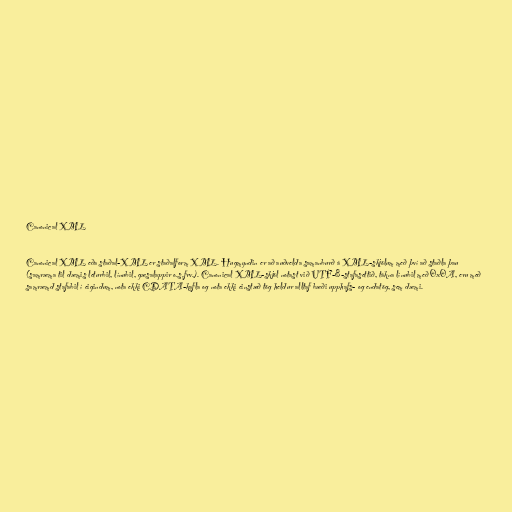
Canonical XML

Canonical XML eða staðal-XML er staðalform XML. Hugmyndin er að auðvelda samanburð á XML-skjölum með því að staðla þau
(samræma til dæmis leturbil, línubil, gæsalappir o.s.frv.). Canonical XML-skjöl notast við UTF-8-stafasettið, tákna línubil með 0x0A, eru með
samræmd stafabil í eigindum, nota ekki CDATA-kafla og nota ekki einstæð tög heldur alltaf bæði upphafs- og endatög, sem dæmi.